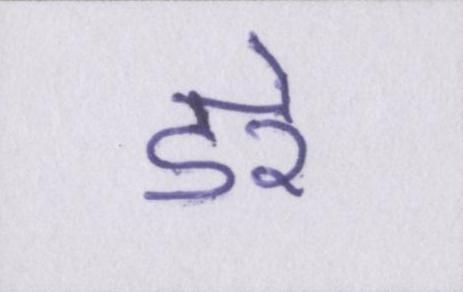
डरे